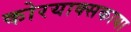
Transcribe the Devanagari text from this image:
कोरयाक्सकाया